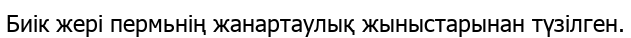
Биік жері пермьнің жанартаулық жыныстарынан түзілген.